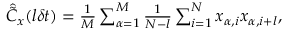
\begin{array} { r } { \hat { \tilde { C } } _ { x } ( l \delta t ) = \frac { 1 } { M } \sum _ { \alpha = 1 } ^ { M } \frac { 1 } { N - l } \sum _ { i = 1 } ^ { N } x _ { \alpha , i } x _ { \alpha , i + l } , } \end{array}